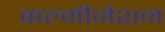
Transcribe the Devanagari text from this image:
कल्मीनेशन